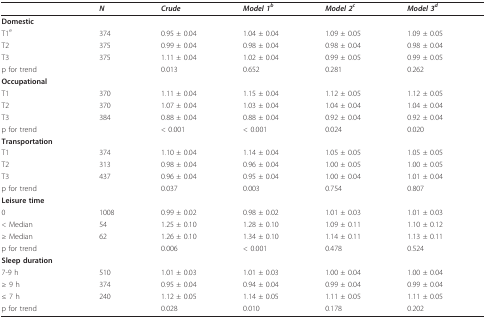
<table><thead><tr><td></td><td><b><i>N</i></b></td><td><b><i>Crude</i></b></td><td><b><i>Model 1<sup>b</sup></i></b></td><td><b><i>Model 2<sup>c</sup></i></b></td><td><b><i>Model 3<sup>d</sup></i></b></td></tr></thead><tbody><tr><td><b>Domestic</b></td><td></td><td></td><td></td><td></td><td></td></tr><tr><td>T1<sup>e</sup></td><td>374</td><td>0.95 ± 0.04</td><td>1.04 ± 0.04</td><td>1.09 ± 0.05</td><td>1.09 ± 0.05</td></tr><tr><td>T2</td><td>375</td><td>0.99 ± 0.04</td><td>0.98 ± 0.04</td><td>0.98 ± 0.04</td><td>0.98 ± 0.04</td></tr><tr><td>T3</td><td>375</td><td>1.11 ± 0.04</td><td>1.02 ± 0.04</td><td>0.99 ± 0.05</td><td>0.99 ± 0.05</td></tr><tr><td>p for trend</td><td></td><td>0.013</td><td>0.652</td><td>0.281</td><td>0.262</td></tr><tr><td><b>Occupational</b></td><td></td><td></td><td></td><td></td><td></td></tr><tr><td>T1</td><td>370</td><td>1.11 ± 0.04</td><td>1.15 ± 0.04</td><td>1.12 ± 0.05</td><td>1.12 ± 0.05</td></tr><tr><td>T2</td><td>370</td><td>1.07 ± 0.04</td><td>1.03 ± 0.04</td><td>1.04 ± 0.04</td><td>1.04 ± 0.04</td></tr><tr><td>T3</td><td>384</td><td>0.88 ± 0.04</td><td>0.88 ± 0.04</td><td>0.92 ± 0.04</td><td>0.92 ± 0.04</td></tr><tr><td>p for trend</td><td></td><td>&lt; 0.001</td><td>&lt; 0.001</td><td>0.024</td><td>0.020</td></tr><tr><td><b>Transportation</b></td><td></td><td></td><td></td><td></td><td></td></tr><tr><td>T1</td><td>374</td><td>1.10 ± 0.04</td><td>1.14 ± 0.04</td><td>1.05 ± 0.05</td><td>1.05 ± 0.05</td></tr><tr><td>T2</td><td>313</td><td>0.98 ± 0.04</td><td>0.96 ± 0.04</td><td>1.00 ± 0.05</td><td>1.00 ± 0.05</td></tr><tr><td>T3</td><td>437</td><td>0.96 ± 0.04</td><td>0.95 ± 0.04</td><td>1.00 ± 0.04</td><td>1.01 ± 0.04</td></tr><tr><td>p for trend</td><td></td><td>0.037</td><td>0.003</td><td>0.754</td><td>0.807</td></tr><tr><td><b>Leisure time</b></td><td></td><td></td><td></td><td></td><td></td></tr><tr><td>0</td><td>1008</td><td>0.99 ± 0.02</td><td>0.98 ± 0.02</td><td>1.01 ± 0.03</td><td>1.01 ± 0.03</td></tr><tr><td>&lt; Median</td><td>54</td><td>1.25 ± 0.10</td><td>1.28 ± 0.10</td><td>1.09 ± 0.11</td><td>1.10 ± 0.12</td></tr><tr><td>≥ Median</td><td>62</td><td>1.26 ± 0.10</td><td>1.34 ± 0.10</td><td>1.14 ± 0.11</td><td>1.13 ± 0.11</td></tr><tr><td>p for trend</td><td></td><td>0.006</td><td>&lt; 0.001</td><td>0.478</td><td>0.524</td></tr><tr><td><b>Sleep duration</b></td><td></td><td></td><td></td><td></td><td></td></tr><tr><td>7-9 h</td><td>510</td><td>1.01 ± 0.03</td><td>1.01 ± 0.03</td><td>1.00 ± 0.04</td><td>1.00 ± 0.04</td></tr><tr><td>≥ 9 h</td><td>374</td><td>0.95 ± 0.04</td><td>0.94 ± 0.04</td><td>0.99 ± 0.04</td><td>0.99 ± 0.04</td></tr><tr><td>≤ 7 h</td><td>240</td><td>1.12 ± 0.05</td><td>1.14 ± 0.05</td><td>1.11 ± 0.05</td><td>1.11 ± 0.05</td></tr><tr><td>p for trend</td><td></td><td>0.028</td><td>0.010</td><td>0.178</td><td>0.202</td></tr></tbody></table>